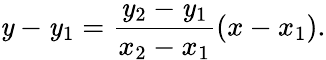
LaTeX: \mathit{y}-\mathit{y}_{1}={\frac{{\mathit{y}_{2}-\mathit{y}_{1}}}{{x_{2}-x_{1}}}}(x-x_{1}).